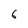
Character: 6